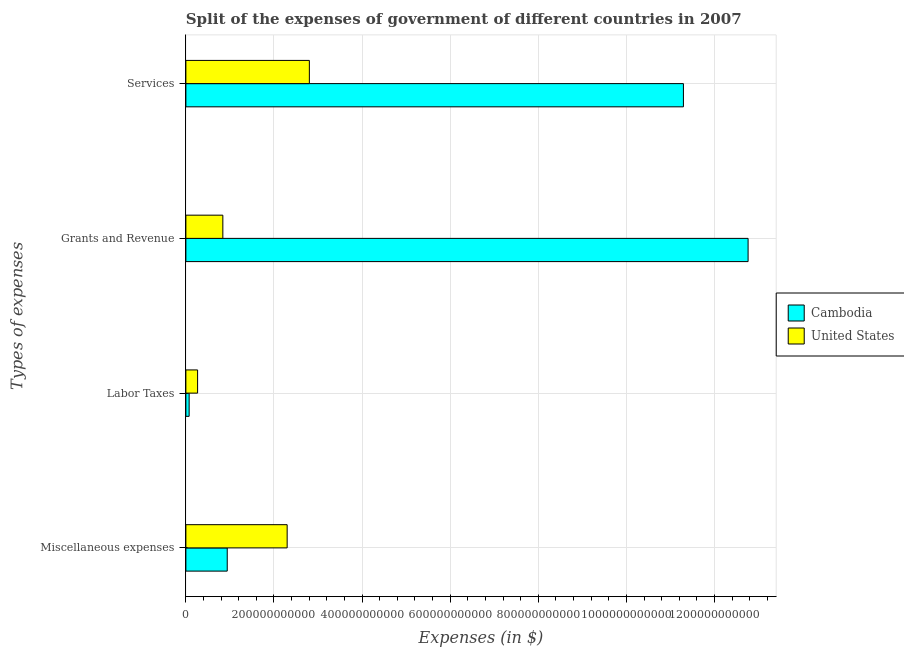
| Types of expenses | Cambodia | United States |
 | --- | --- | --- |
 | Miscellaneous expenses | 9.39e+10 | 2.3e+11 |
 | Labor Taxes | 7.42e+09 | 2.66e+10 |
 | Grants and Revenue | 1.28e+12 | 8.39e+10 |
 | Services | 1.13e+12 | 2.8e+11 |